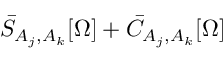
\bar { S } _ { A _ { j } , A _ { k } } [ \Omega ] + \bar { C } _ { A _ { j } , A _ { k } } [ \Omega ]